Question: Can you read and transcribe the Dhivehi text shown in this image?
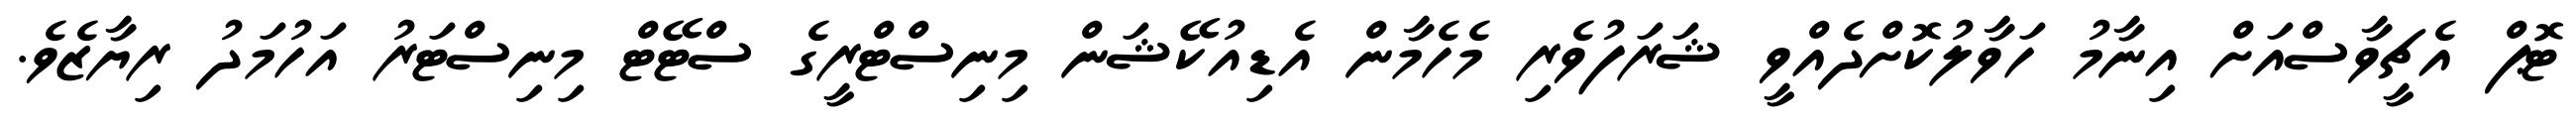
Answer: ޓޮޕް އެޗީވާސްއަށް އިނާމު ހަވާލުކޮށްދެއްވީ ޝަރަފުވެރި މެހެމާން އެޑިއުކޭޝަން މިނިސްޓްރީގެ ސްޓޭޓް މިނިސްޓަރު އަހުމަދު ރިޔާޒެވެ.